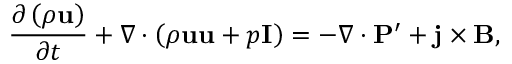
\frac { { \partial \left( \rho \bf { u } \right) } } { { \partial t } } + \nabla \cdot \left( { \rho { \bf { u u } } + p { \bf { I } } } \right) = - \nabla \cdot { \bf { P } } ^ { \prime } + { \bf { j } } \times { \bf { B } } ,